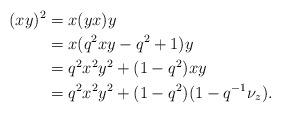
LaTeX: \begin{align*} (xy)^2 &= x(yx)y\\ &= x(q^2xy - q^2 + 1)y\\ &= q^2 x^2 y^2 + (1-q^2)xy\\ &= q^2 x^2 y^2 + (1-q^2)(1-q^{-1}\nu_z).\end{align*}